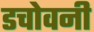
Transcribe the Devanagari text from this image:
डचोवनी